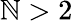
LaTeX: \mathbb{N}>2